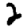
Digit: 2